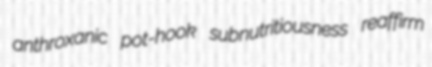
anthroxanic pot-hook subnutritiousness reaffirm